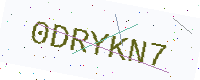
Text: 0DRYKN7